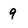
Character: 9